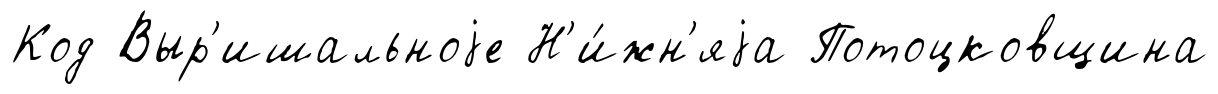
Код Выр'ишальноjе Н'и́жн'яjа Потоцковщина